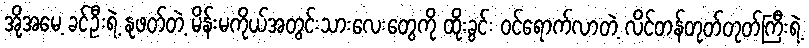
အို့အမေ့ ခင်ဦးရဲ့ နုဖတ်တဲ့ မိန်းမကိုယ်အတွင်းသားလေးတွေကို ထိုးခွင်း ဝင်ရောက်လာတဲ့ လိင်တန်တုတ်တုတ်ကြီးရဲ့